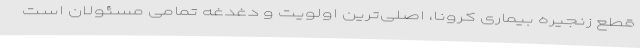
قطع زنجیره بیماری کرونا، اصلی‌ترین اولویت و دغدغه تمامی مسئولان است